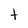
Character: t